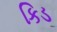
કિડ